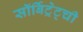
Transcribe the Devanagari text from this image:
सॉर्बिट्रेट्ची